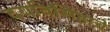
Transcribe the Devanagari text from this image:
दर्यावसिंहाचे